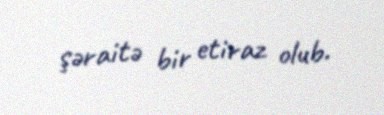
şəraitə bir etiraz olub.